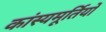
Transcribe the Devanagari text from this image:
कांस्यमूर्तियों